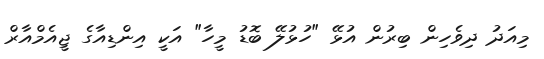
މިއަދު ދިވެހިން ބިރުން އުޅޭ "ހުޅުލޭ ބޮޑު މީހާ" އަކީ އިންޑިއާގެ ޖީއެމްއާރް